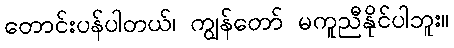
တောင်းပန်ပါတယ်၊ ကျွန်တော် မကူညီနိုင်ပါဘူး။